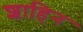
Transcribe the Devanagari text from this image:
शाहिन